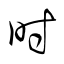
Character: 時